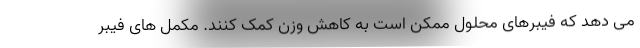
می دهد که فیبرهای محلول ممکن است به کاهش وزن کمک کنند. مکمل های فیبر